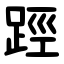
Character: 踁